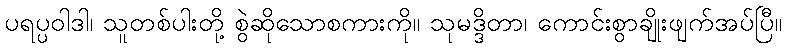
ပရပ္ပဝါဒါ၊ သူတစ်ပါးတို့ စွဲဆိုသောစကားကို။ သုမဒ္ဒိတာ၊ ကောင်းစွာချိုးဖျက်အပ်ပြီ။